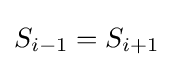
S_{i-1}=S_{i+1}